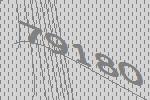
79180